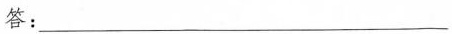
答：___